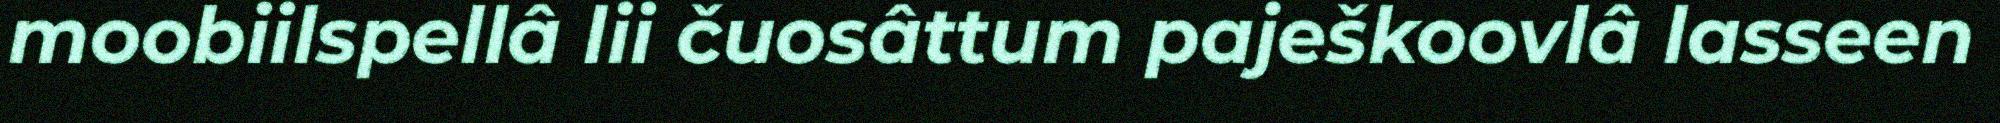
moobiilspellâ lii čuosâttum paješkoovlâ lasseen